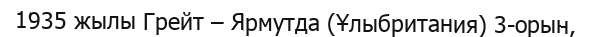
1935 жылы Грейт – Ярмутда (Ұлыбритания) 3-орын,